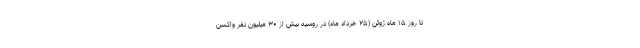
تا روز ۱۵ ماه ژوئن (۲۵ خرداد ماه) در روسیه بیش از ۳۰ میلیون نفر واکسن